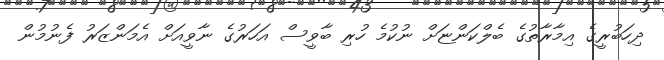
ދިހަބުރީގެ އިމާރާތުގެ ބެލްކަންޏަށް ނުކުމެ ހުރި ބާވީސް އަހަރުގެ ނާވީއަށް އެމަންޒަރު ފެނުމުން